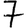
Digit: 7